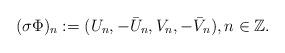
LaTeX: \begin{align*}(\sigma \Phi)_n := (U_n, - \bar{U}_n, V_n, -\bar{V}_n), n \in \mathbb{Z}.\end{align*}